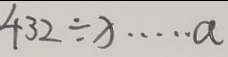
4 3 2 \div x \cdots a